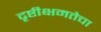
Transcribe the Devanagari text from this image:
दृष्टीक्षमतेचा